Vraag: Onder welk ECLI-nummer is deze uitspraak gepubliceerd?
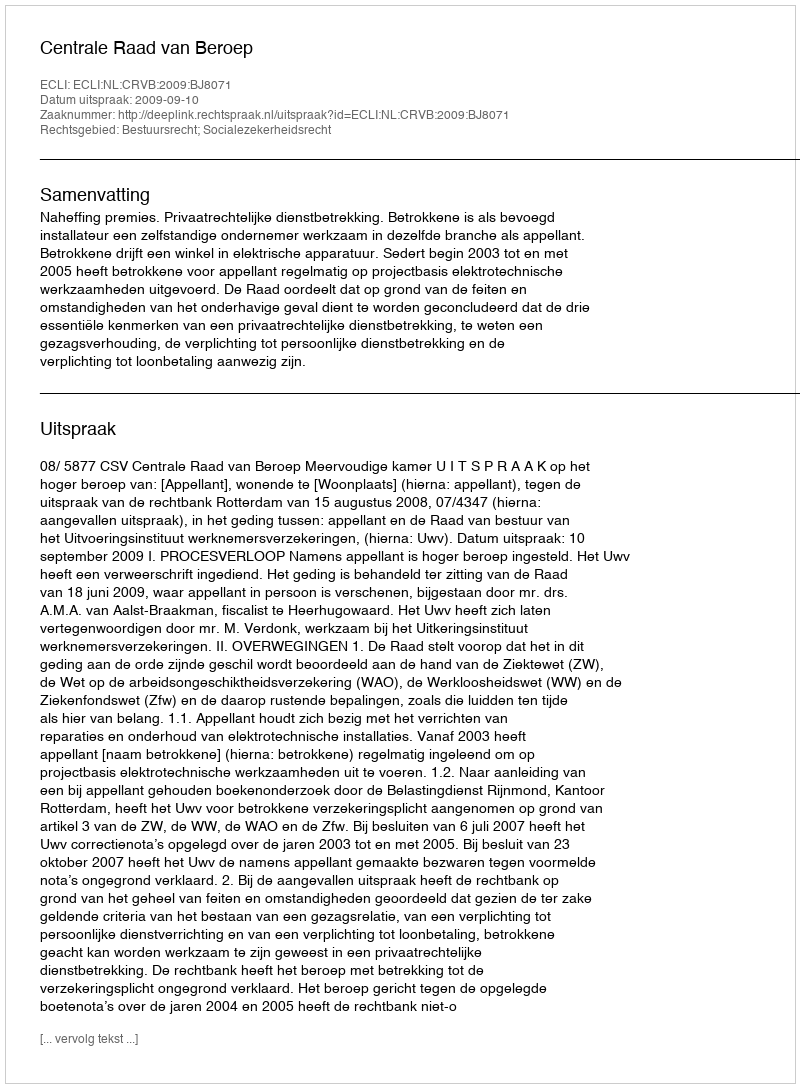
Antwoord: ECLI:NL:CRVB:2009:BJ8071